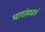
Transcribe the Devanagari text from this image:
भागांमधलं